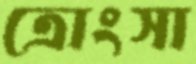
ত্রোংসা